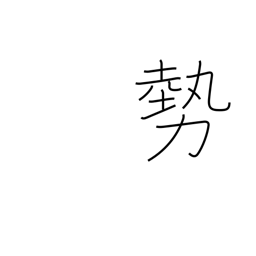
Meaning: forces